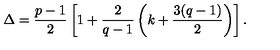
\Delta = { \frac { p - 1 } { 2 } } \left[ 1 + { \frac { 2 } { q - 1 } } \left( k + { \frac { 3 ( q - 1 ) } { 2 } } \right) \right] .